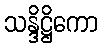
သန္ဒိဋ္ဌိကော